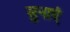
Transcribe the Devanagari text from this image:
सुनाएं